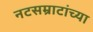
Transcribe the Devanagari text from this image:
नटसम्राटांच्या